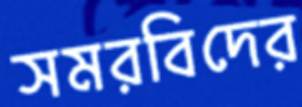
সমরবিদের